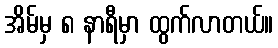
အိမ်မှ ၈ နာရီမှာ ထွက်လာတယ်။